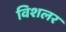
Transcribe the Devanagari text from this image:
विशलर